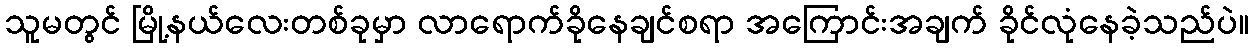
သူမတွင် မြို့နယ်လေးတစ်ခုမှာ လာရောက်ခိုနေချင်စရာ အကြောင်းအချက် ခိုင်လုံနေခဲ့သည်ပဲ။